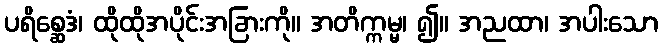
ပရိစ္ဆေဒံ၊ ထိုထိုအပိုင်းအခြားကို။ အတိက္ကမ္မ၊ ၍။ အညထာ၊ အပါးသော